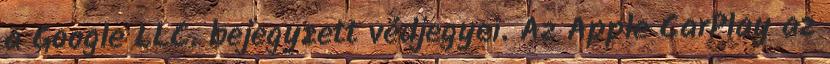
a Google LLC. bejegyzett védjegyei. Az Apple CarPlay az